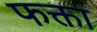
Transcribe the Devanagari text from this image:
फक्ता